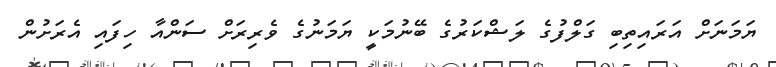
ޔަމަނަށް އަރައިތިބި ގަލްފުގެ ލަޝްކަރުގެ ބޭނުމަކީ ޔަމަނުގެ ވެރިރަށް ސަންއާ ހިފައި އެރަށުން